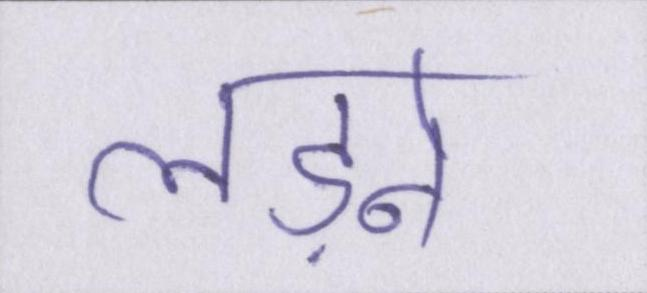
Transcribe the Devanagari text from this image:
लड़ने